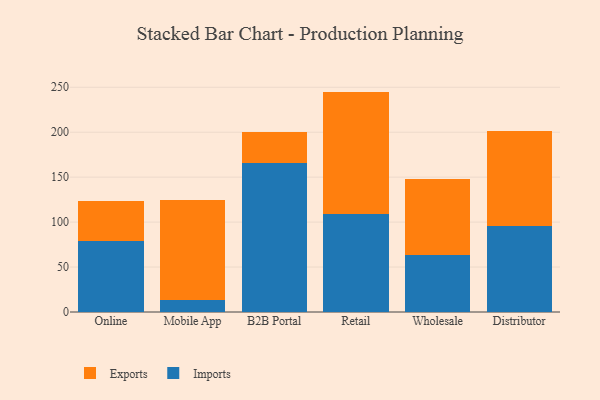
{"axis": {"x": "Channel", "y": "Production Output"}, "legend": ["Exports", "Imports"], "data": [{"x": "Online", "y": 78.5, "type": "Imports"}, {"x": "Online", "y": 45.5, "type": "Exports"}, {"x": "Mobile App", "y": 13.1, "type": "Imports"}, {"x": "Mobile App", "y": 111.2, "type": "Exports"}, {"x": "B2B Portal", "y": 165.4, "type": "Imports"}, {"x": "B2B Portal", "y": 34.4, "type": "Exports"}, {"x": "Retail", "y": 109.5, "type": "Imports"}, {"x": "Retail", "y": 135.7, "type": "Exports"}, {"x": "Wholesale", "y": 63.5, "type": "Imports"}, {"x": "Wholesale", "y": 84.6, "type": "Exports"}, {"x": "Distributor", "y": 95.2, "type": "Imports"}, {"x": "Distributor", "y": 106.4, "type": "Exports"}]}